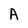
Character: A